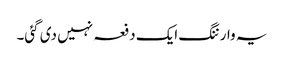
یہ وارننگ ایک دفعہ نہیں دی گئی۔